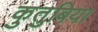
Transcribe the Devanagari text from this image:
कुतुबिया